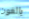
بالغون